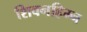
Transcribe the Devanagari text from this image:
शिवनहिम्न